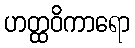
ဟတ္ထဝိကာရော